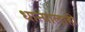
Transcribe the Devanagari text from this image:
धान्यालाही